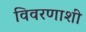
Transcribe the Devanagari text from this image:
विवरणाशी